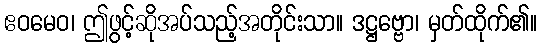
ဧဝမေဝ၊ ဤဖွင့်ဆိုအပ်သည့်အတိုင်းသာ။ ဒဋ္ဌဗ္ဗော၊ မှတ်ထိုက်၏။